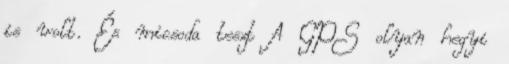
is volt. És micsoda teszt A GPS olyan hegyi